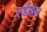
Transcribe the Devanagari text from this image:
एडीबल